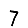
Digit: 7